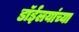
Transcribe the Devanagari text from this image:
डाॅईलयांच्या